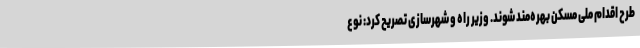
طرح اقدام ملی مسکن بهره‌مند شوند. وزیر راه و شهرسازی تصریح کرد: نوع